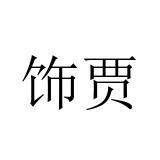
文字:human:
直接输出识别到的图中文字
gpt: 饰贾